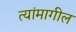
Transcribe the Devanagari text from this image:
त्यांमागील